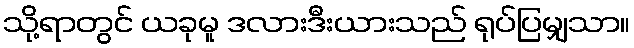
သို့ရာတွင် ယခုမူ ဒလားဒီးယားသည် ရုပ်ပြမျှသာ။